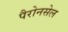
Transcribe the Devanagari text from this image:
पैरोनसेल